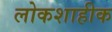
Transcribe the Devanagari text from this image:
लोकशाहीक